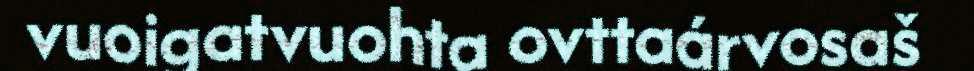
vuoigatvuohta ovttaárvosaš